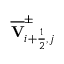
\overline { { \mathbf { V } } } _ { i + \frac { 1 } { 2 } , j } ^ { \pm }